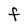
Character: F